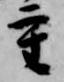
重